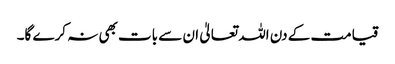
قیامت کے دن اللہ تعالیٰ ان سے بات بھی نہ کرے گا۔